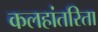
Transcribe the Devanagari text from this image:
कलहांतरिता